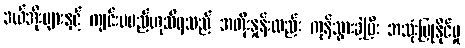
ဒယ်အိုးများနှင့် ကျင်းပမည်ဟုသိရသည် အတိုးနှုန်းလည်း ကုန်သွားခဲ့ပြီး အသုံးပြုနိုင်မှု